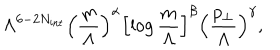
\Lambda ^ { 6 - 2 N _ { \mathrm { i n t } } } \left( \frac { m } { \Lambda } \right) ^ { \alpha } \left[ \log \frac { m } { \Lambda } \right] ^ { \beta } \left( \frac { p _ { \bot } } { \Lambda } \right) ^ { \gamma } ,